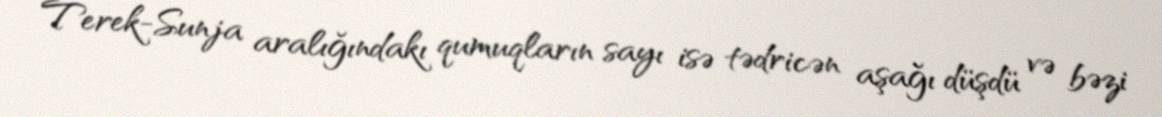
Terek-Sunja aralığındakı qumuqların sayı isə tədricən aşağı düşdü və bəzi